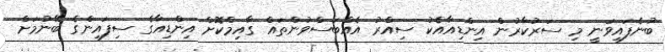
ބުނެފައިވަނީ މި ސަރުކާރުން އިންޑިއާއެކު ސިއްރު އެއްބަސްވުންތައް ގާއިމްކޮށް އިންޑިއާގެ ސިފައިންގެ ބޭނުމަށް